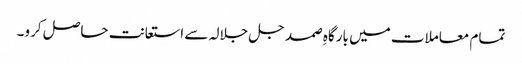
تمام معاملات میں بارگاہِ صمد جل جلالہ سے استعانت حاصل کرو۔